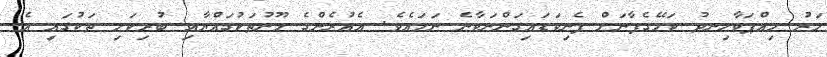
މަރު ހިއްޕަވާހިނދު ކަލޭގެފާނަށް ފެނިވަޑައިގަންނަވާނެ ނަމައެވެ. އެއުރެންގެ މޫނުތަކުގައްޔާއި ބުރިކަށި ތަކުގައި އެ